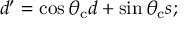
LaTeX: d ^ { \prime } = \cos { \theta _ { \mathrm { c } } } d + \sin { \theta _ { \mathrm { c } } } s ;